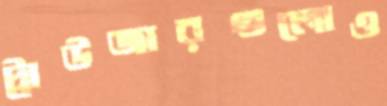
ট্রাউজারগুলোও